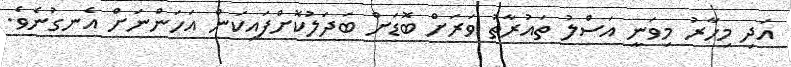
އަދި މިހާރު މިވަނީ އަސްލު ތައުރާތު ވަރަށް ބޮޑަށް ބަދަލުކޮށްފައިކަން އަހަންނަށް އެނގުނެވެ.